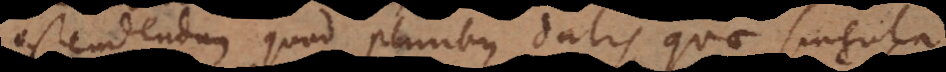
Ostendendum quod pluribus datis, quae singula